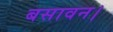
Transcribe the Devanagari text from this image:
बसावन।